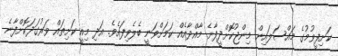
ކަށިފީވުމުގެ މައްސަލައިން މިންޖުކޮށްދީފާނެ މާއްދާއެއް ކަމަށްވަނީ ބެލެވިފައެވެ. އަދި މިއީ ކަށިތައް ވަރުގަދަކޮށްފާނެ